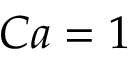
C a = 1